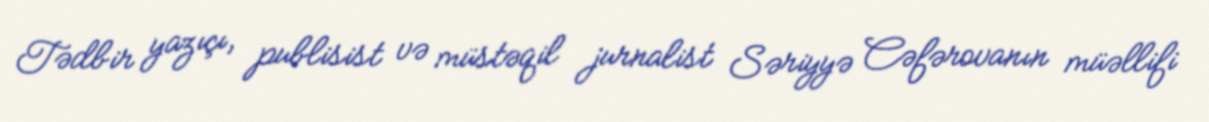
Tədbir yazıçı, publisist və müstəqil jurnalist Səriyyə Cəfərovanın müəllifi